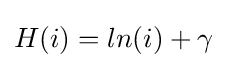
H(i)=ln(i)+\gamma